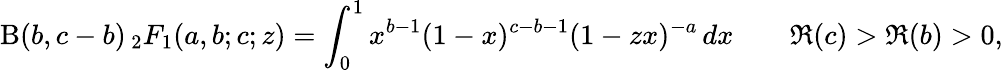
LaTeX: \mathrm{B}(b,c-b)\, _{2}F_{1}(a,b;c;z)=\int_{0}^{1}x^{b-1}(1-x)^{c-b-1}(1-zx)^{-a}\, dx\qquad\Re(c)>\Re(b)>0,